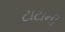
ટાટાની